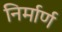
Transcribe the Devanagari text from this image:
निर्मार्ण